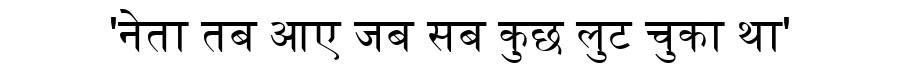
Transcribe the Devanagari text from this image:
'नेता तब आए जब सब कुछ लुट चुका था'